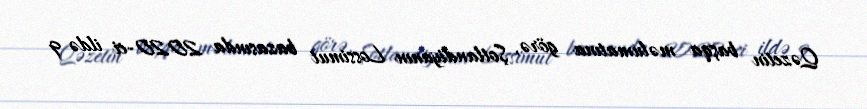
Qəzetin başqa məlumatına görə, Şotlandiyanın Lossimut bazasında 2020-ci ildə 9